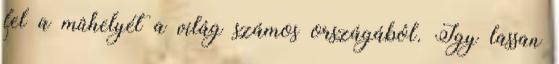
fel a mûhelyét a világ számos országából. Így lassan